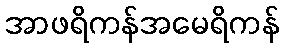
အာဖရိကန်အမေရိကန်